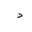
Letter: _dal